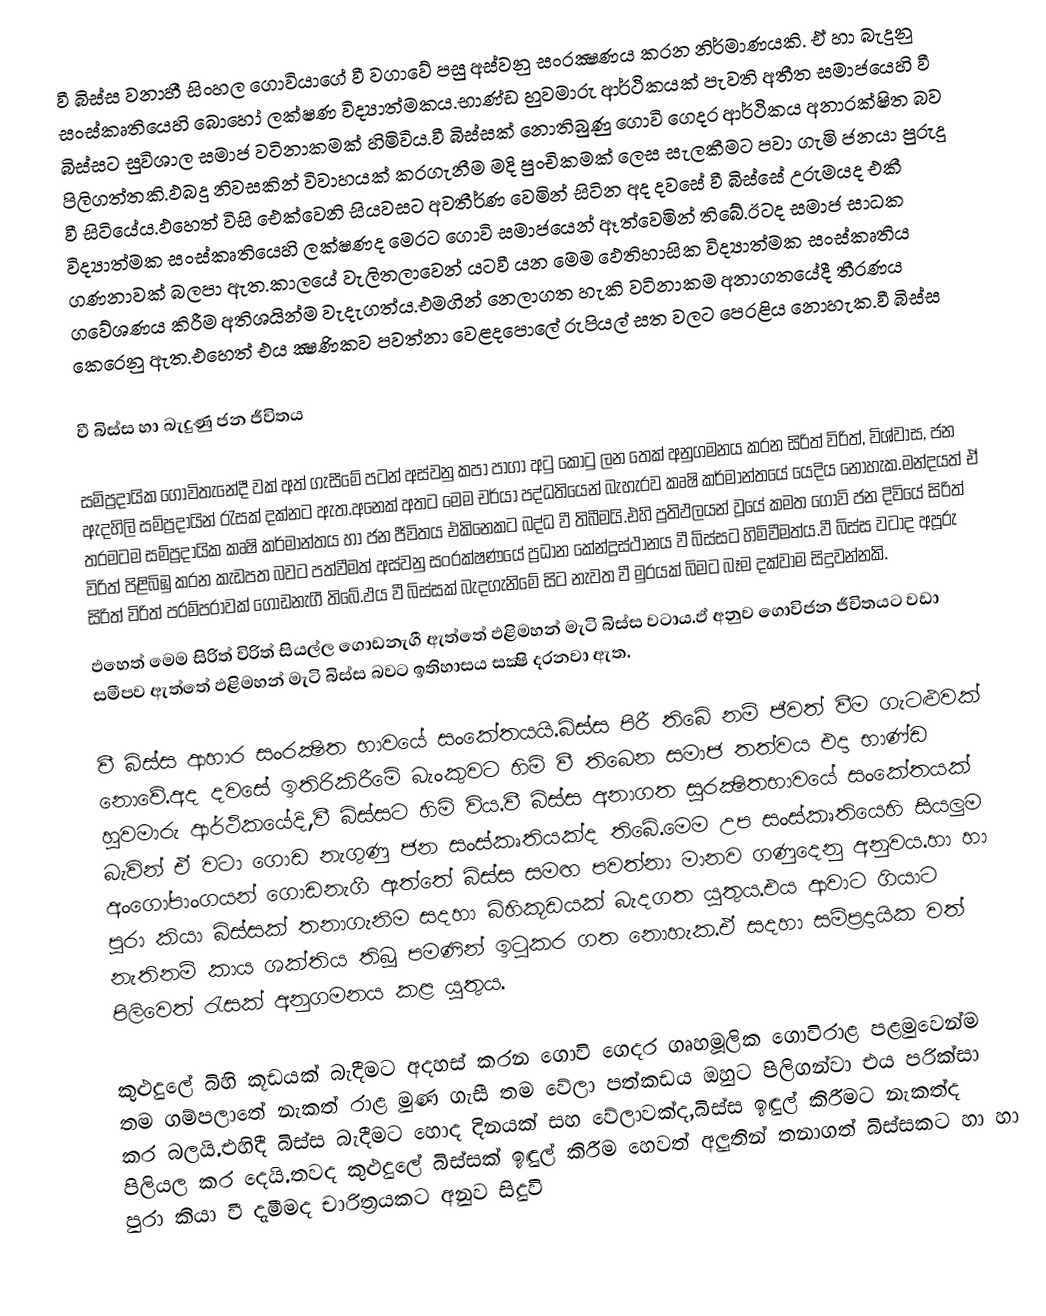
වී බිස්ස වනාහී සිංහල ගොවියාගේ වී වගාවේ පසු අස්වනු සංරක්‍ෂණය කරන නිර්මාණයකි.  ඒ හා බැදුනු සංස්කෘතියෙහි බොහෝ ලක්ෂණ විද්‍යාත්මකය.භාණ්ඩ හුවමාරු ආර්ථිකයක් පැවති අතීත සමාජයෙහි වී බිස්සට සුවිශාල සමාජ වටිනාකමක් හිමිවිය.වී බිස්සක් නොතිබුණු ගොවි ගෙදර ආර්ථිකය අනාරක්ෂිත බව පිලිගත්තකි.ඵබදු නිවසකින් විවාහයක් කරගැනීම මදි පුංචිකමක් ලෙස සැලකීමට පවා ගැමි ජනයා පුරුදු වී සිටියේය.ඵහෙත් විසි ඓක්වෙනි සියවසට අවතීර්ණ වෙමින් සිටින අද දවසේ වී බිස්සේ උරුමයද එකී විද්‍යාත්මක සංස්කෘතියෙහි ලක්ෂණද මෙරට ගොවි සමාජයෙන් ඈත්වෙමින් තිබේ.ඊටද සමාජ සාධක ගණනාවක් බලපා ඇත.කාලයේ වැලිතලාවෙන් යටවී යන මෙම ඵෙතිහාසික විද්‍යාත්මක සංස්කෘතිය ගවේශණය කිරීම අතිශයින්ම වැදැගත්ය.එමගින් නෙලාගත හැකි වටිනාකම අනාගතයේදී තීරණය කෙරෙනු ඇත.එහෙත් එය ක්‍ෂණිකව පවත්නා වෙළදපොලේ රුපියල් සත වලට පෙරළිය නොහැක.වී බිස්ස

වී බිස්ස හා බැදුණු ජන ජීවිතය

සමිප්‍රදායික ගොවිතැනේදී වක් අත් ගැසීමේ පටන් අස්වනු කපා පාගා අටු කොටු ලන තෙක් අනුගමනය කරන සිරිත් විරිත්, විශ්වාස, ජන ඇදහිලි සම්ප්‍රදායින් රැසක් දක්නට ඇත.අනෙක් අතට මෙම චර්යා පද්ධතියෙන් බැහැරව කෘෂි කර්මාන්තයේ යෙදිය නොහැක.මන්දයත් ඒ තරමටම සම්ප්‍රදායික කෘෂි කර්මාන්තය හා ජන ජීවිතය එකිනෙකට බද්ධ වී තිබීමයි.එහි ප්‍රතිඵලයන් වූයේ කමත ගොවි ජන දිවියේ සිරිත් විරිත් පිළිබිඹු කරන කැඩපත බවට පත්වීමත් අස්වනු සංරක්ෂණයේ ප්‍රධාන කේන්ද්‍රස්ථානය වී බිස්සට හිමිවීමත්ය.වී බිස්ස වටාද අපූරු සිරිත් විරිත් පරම්පරාවක් ගොඩනැගී තිබේ.ඵය වී බිස්සක් බැදගැනිමේ සිට නැවත වී මුරයක් බිමට බෑම දක්වාම සිදුවන්නකි.
ඵහෙත් මෙම සිරිත් විරිත් සියල්ල ගොඩනැගී ඇත්තේ ඵළිමහන් මැටි බිස්ස වටාය.ඵ් අනුව ගොවිජන ජීවිතයට වඩා සමීපව ඇත්තේ ඵළිමහන් මැටි බිස්ස බවට ඉතිහාසය සක්‍ෂි දරනවා ඇත.

වී බිස්ස ආහාර සංරක්‍ෂිත භාවයේ සංකේතයයි.බිස්ස පිරී තිබේ නම් ජීවත් වීම ගැටළුවක් නොවේ.අද දවසේ ඉතිරිකිරීමේ බැංකුවට හිමි වී තිබෙන සමාජ තත්වය එදා භාණ්ඩ හුවමාරු ආර්ථිකයේදි,වී බිස්සට හිමි විය.වී බිස්ස අනාගත සුරක්‍ෂිතභාවයේ සංකේතයක් බැවින් ඒ වටා ගොඩ නැගුණු ජන සංස්කෘතියක්ද තිබේ.මෙම උප සංස්කෘතියෙහි සියලුම අංගෝපාංගයන් ගොඩනැගී ඇත්තේ බිස්ස සමඟ පවත්නා මානව ගණුදෙනු අනුවය.හා හා පුරා කියා බිස්සක් තනාගැනිම සදහා බිහිකූඩයක් බැදගත යුතුය.එය ආවාට ගියාට නැතිනම් කාය ශක්තිය තිබූ පමණින් ඉටුකර ගත නොහැක.ඒ සදහා සම්ප්‍රදායික වත් පිලිවෙත් රැසක් අනුගමනය කළ යුතුය.

කුළුදුලේ බිහි කූඩයක් බැදීමට අදහස් කරන ගොවි ගෙදර ගෘහමූලික ගොවිරාළ පළමුවෙන්ම තම ගම්පලාතේ නැකත් රාළ මුණ ගැසී තම වේලා පත්කඩය ඔහුට පිලිගන්වා එය පරික්සා කර බලයි.එහිදී බිස්ස බැදීමට හොද දිනයක් සහ වේලාවක්ද,බිස්ස ඉඳුල් කිරීමට නැකත්ද පිලියල කර දෙයි.තවද කුළුදුලේ බිස්සක් ඉඳුල් කිරීම හෙවත් අලුතින් තනාගත් බිස්සකට හා හා පුරා කියා වී දැමීමද චාරිත්‍රයකට අනුව සිදුවි